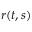
{ \boldsymbol { r } } ( t , s )